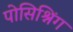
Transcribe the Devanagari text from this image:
पोसिश्निंग